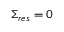
\Sigma _ { r e s } = 0